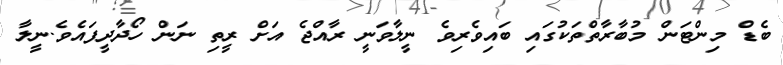
ބެޑް މިންޓަން މުބާރާތްތަކުގައި ބައިވެރިވެ ނީލާވަނީ ރާއްޖެ އަށް ރީތި ނަން ހޯދާދީފައެވެ.ނީލާ